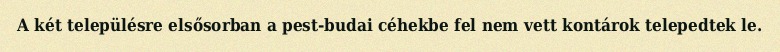
A két településre elsősorban a pest-budai céhekbe fel nem vett kontárok telepedtek le.